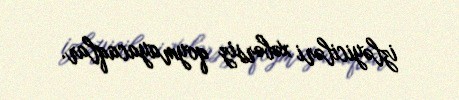
izləyiciləri xəbərsiz qoymayacaqlar.